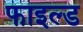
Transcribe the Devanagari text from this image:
फाइल्ड